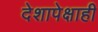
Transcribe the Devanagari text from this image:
देशापेक्षाही